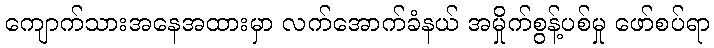
ကျောက်သားအနေအထားမှာ လက်အောက်ခံနယ် အမှိုက်စွန့်ပစ်မှု ဖော်စပ်ရာ